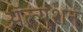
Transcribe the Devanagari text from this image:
ॲल्युशन